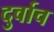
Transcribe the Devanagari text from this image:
दुर्वाच